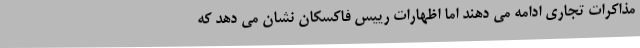
مذاکرات تجاری ادامه می دهند اما اظهارات رییس فاکسکان نشان می دهد که